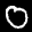
Label: 0